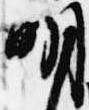
明